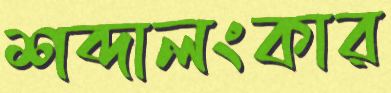
শব্দালংকার